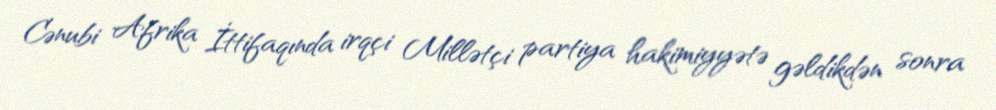
Cənubi Afrika İttifaqında irqçi Millətçi partiya hakimiyyətə gəldikdən sonra